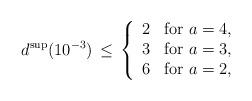
LaTeX: \begin{align*}d^{\rm sup}(10^{-3})\,\leq\,\left\{\begin{array}{ll}2&\mbox{for\ }a=4,\\ 3&\mbox{for\ }a=3,\\6&\mbox{for\ }a=2,\end{array}\right.\end{align*}